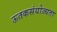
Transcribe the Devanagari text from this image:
ऊतकसंयोज्यता